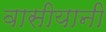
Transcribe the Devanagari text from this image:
वासीयानी